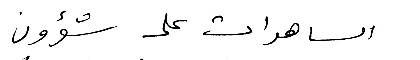
الساهرات على شؤون